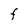
Character: F